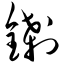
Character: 铩